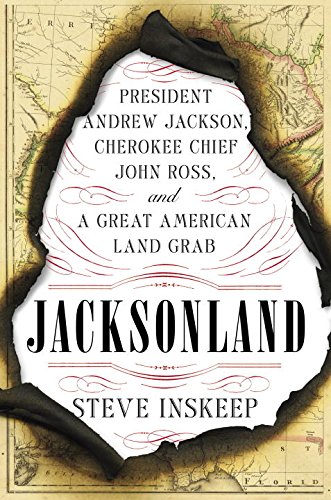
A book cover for Jacksonland: President Andrew Jackson, Cherokee Chief John Ross, and a Great American Land Grab; Steve Inskeep; Biographies & Memoirs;